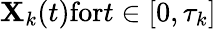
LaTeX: \mathbf{X}_{k}(t)\textrm{for}t\in\left[0,\tau_{k}\right]